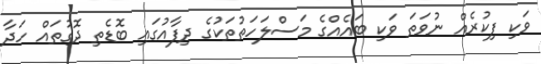
ވަކި ފިކުރެއް ނުވަތަ ވަކި ބައެއްގެ މަސްލަހަތުތަކުގެ ދިފާއުގައި ބޮޑެތި ދޮގުތައް ހަދާ